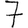
Digit: 7